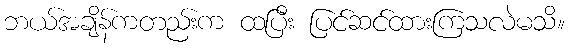
ဘယ်အချိန်ကတည်းက ထပြီး ပြင်ဆင်ထားကြသလဲမသိ။